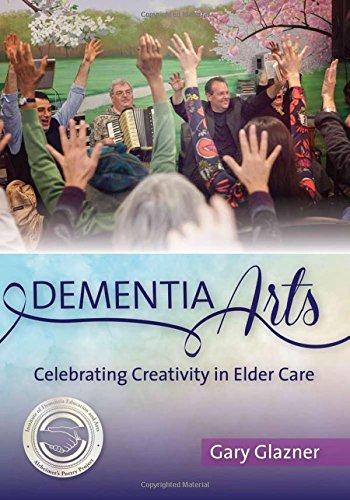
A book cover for Dementia Arts; Gary Glazner; Health, Fitness & Dieting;